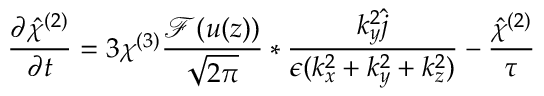
\frac { \partial \hat { { \chi } } ^ { ( 2 ) } } { \partial t } = 3 \chi ^ { ( 3 ) } \frac { \mathcal { F } ( u ( z ) ) } { \sqrt { 2 \pi } } \ast \frac { k _ { y } ^ { 2 } \hat { { j } } } { \epsilon ( k _ { x } ^ { 2 } + k _ { y } ^ { 2 } + k _ { z } ^ { 2 } ) } - \frac { \hat { { \chi } } ^ { ( 2 ) } } { \tau }